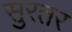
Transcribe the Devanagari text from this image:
सुरतर